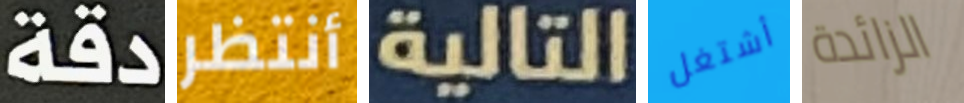
دقة أنتظر التالية أشتغل الزائدة